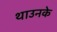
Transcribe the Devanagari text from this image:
थाउनके